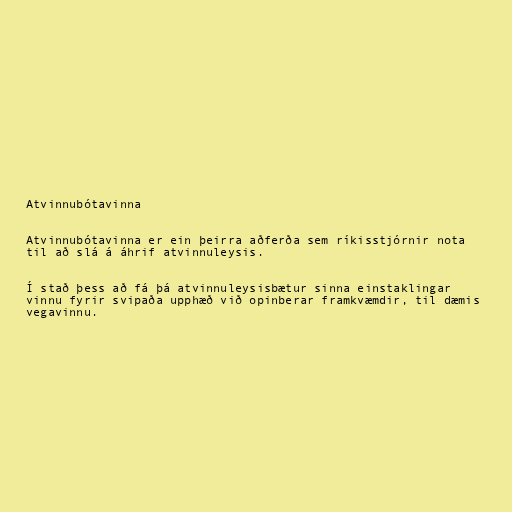
Atvinnubótavinna

Atvinnubótavinna er ein þeirra aðferða sem ríkisstjórnir nota
til að slá á áhrif atvinnuleysis.

Í stað þess að fá þá atvinnuleysisbætur sinna einstaklingar
vinnu fyrir svipaða upphæð við opinberar framkvæmdir, til dæmis
vegavinnu.